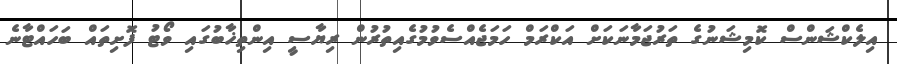
އިލެކްޝަންސް ކޮމިޝަނުގެ ތަރުޖަމާނަކަށް އަކްރަމް ހަމަޖެއްސެވުމުގެއިތުރުން ރިޔާސީ އިންތިޚާބުގައި ވޯޓު ފޮށިތައް ބަހައްޓާނެ